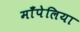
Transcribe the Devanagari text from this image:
माँपेलिया